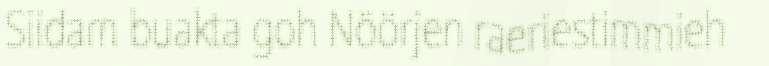
Siidam buakta goh Nöörjen raeriestimmieh